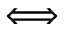
\Longleftrightarrow